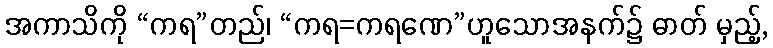
အကာသိကို “ကရ”တည်၊ “ကရ=ကရဏေ”ဟူသောအနက်၌ ဓာတ် မှည့်,